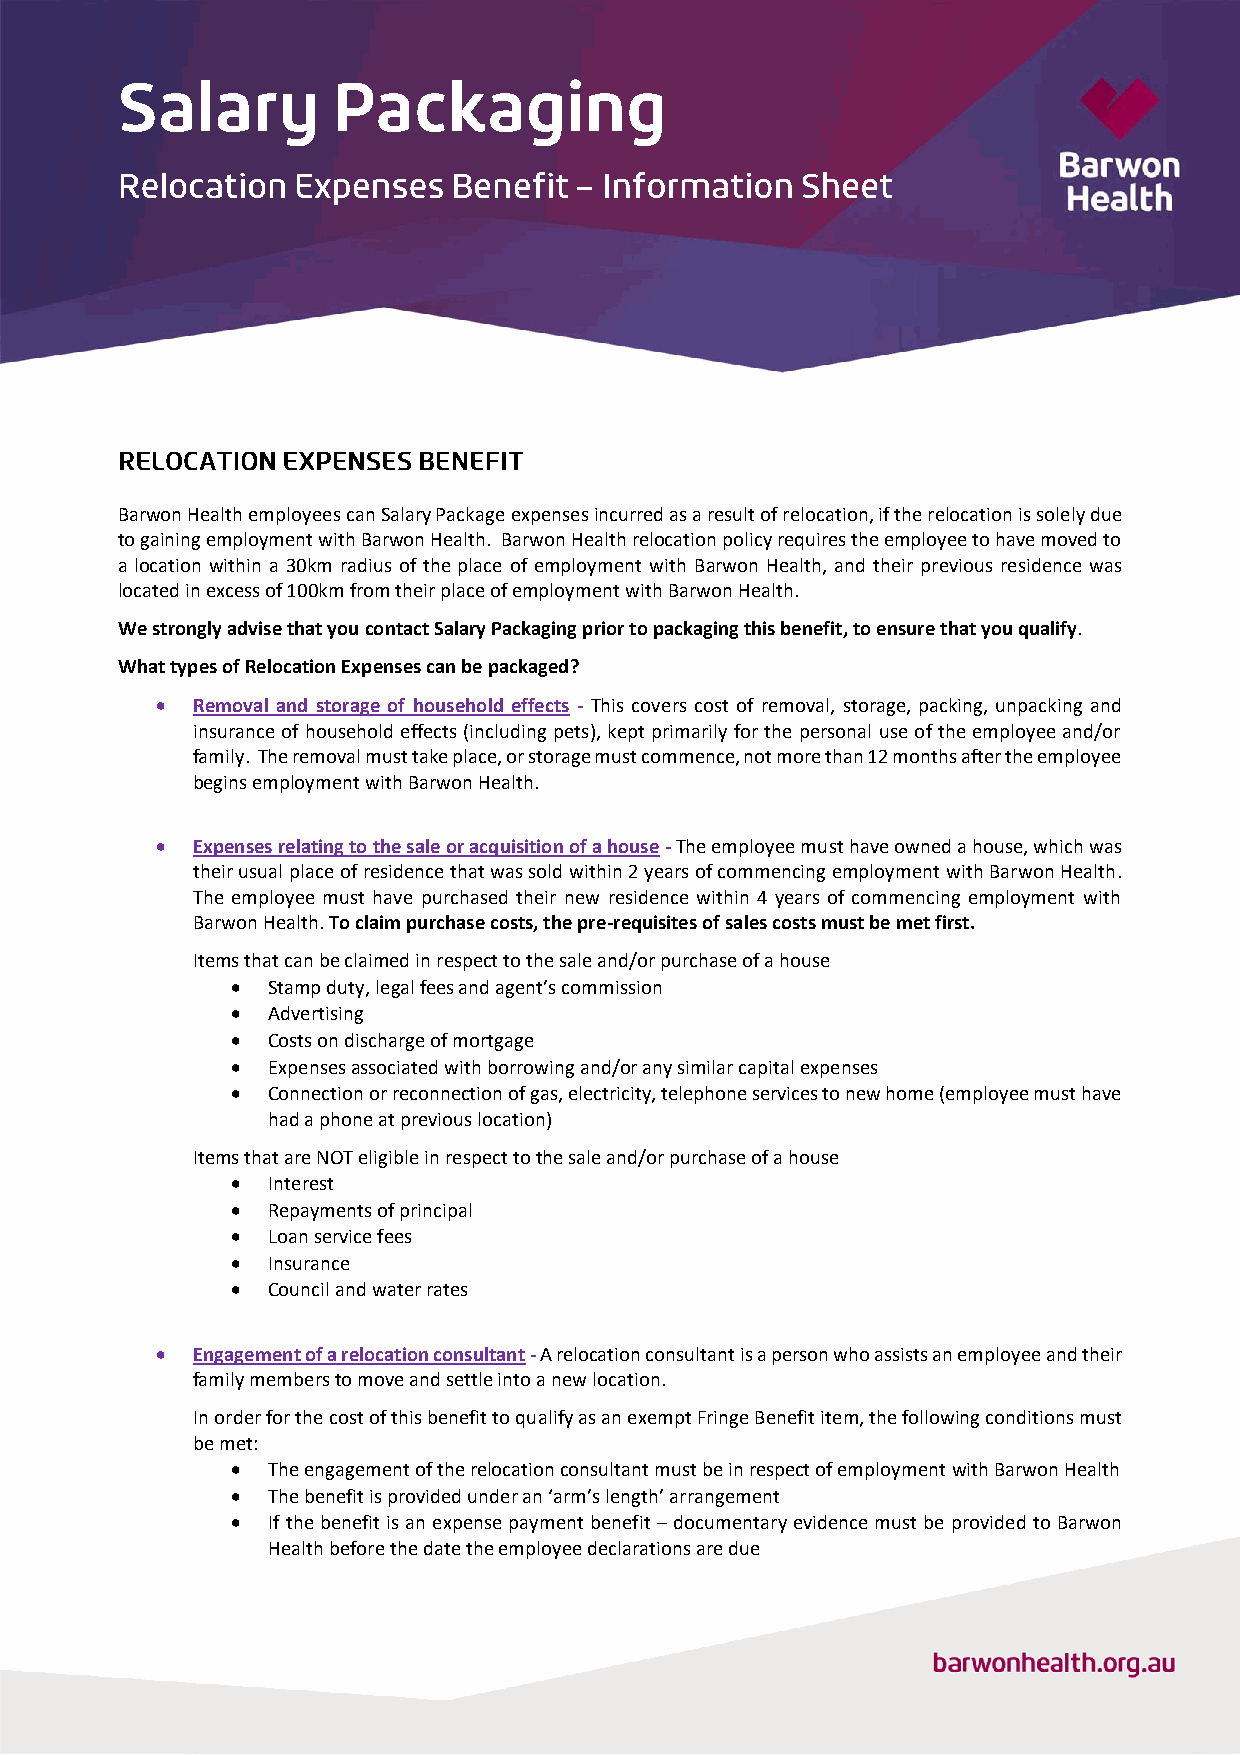
Barwon Health employees can Salary Package expenses incurred as a result of relocation, if the relocation is solely due
 to gaining employment with Barwon Health. Barwon Health relocation policy requires the employee to have moved to
 a location within a 30km radius of the place of employment with Barwon Health, and their previous residence was
 located in excess of 100km from their place of employment with Barwon Health.
 We strongly advise that you contact Salary Packaging prior to packaging this benefit, to ensure that you qualify.
 What types of Relocation Expenses can be packaged?
   Removal and storage of household effects - This covers cost of removal, storage, packing, unpacking and
 insurance of household effects (including pets), kept primarily for the personal use of the employee and/or
 family. The removal must take place, or storage must commence, not more than 12 months after the employee
 begins employment with Barwon Health.
   Expenses relating to the sale or acquisition of a house - The employee must have owned a house, which was
 their usual place of residence that was sold within 2 years of commencing employment with Barwon Health.
 The employee must have purchased their new residence within 4 years of commencing employment with
 Barwon Health. To claim purchase costs, the pre-requisites of sales costs must be met first.
 Items that can be claimed in respect to the sale and/or purchase of a house
   Stamp duty, legal fees and agent’s commission
   Advertising
   Costs on discharge of mortgage
   Expenses associated with borrowing and/or any similar capital expenses
   Connection or reconnection of gas, electricity, telephone services to new home (employee must have
 had a phone at previous location)
 Items that are NOT eligible in respect to the sale and/or purchase of a house
   Interest
   Repayments of principal
   Loan service fees
   Insurance
   Council and water rates
   Engagement of a relocation consultant - A relocation consultant is a person who assists an employee and their
 family members to move and settle into a new location.
 In order for the cost of this benefit to qualify as an exempt Fringe Benefit item, the following conditions must
 be met:
   The engagement of the relocation consultant must be in respect of employment with Barwon Health
   The benefit is provided under an ‘arm’s length’ arrangement
   If the benefit is an expense payment benefit – documentary evidence must be provided to Barwon
 Health before the date the employee declarations are due